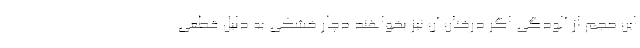
این حجم از آلودگی اگر درختان آن نیز بخواهند دچار خشکی به دلیل قطعی